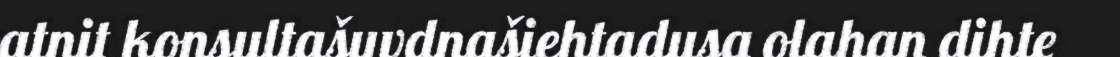
atnit konsultašuvdnašiehtadusa olahan dihte